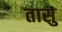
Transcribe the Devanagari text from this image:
तासु